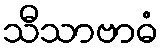
သီသာဗာဓံ